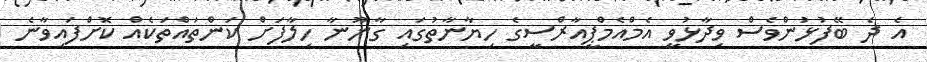
އެ ދެ ބޭފުޅުންވެސް ވިދާޅުވީ އެމްއެމްޕީއާރްސީގެ ހިޔާނާތުގައި ގާނޫނާ ހިލާފަށް ކަންތައްތަކެއް ކޮށްފައިވާނެ